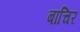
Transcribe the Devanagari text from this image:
बाचिर